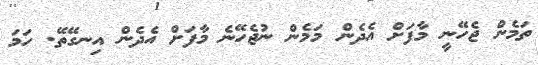
ތަމެން ޖެހޭނީ މާފަށް އެދެން މަމެން ނުޖެހޭނެ މާފަށް އެދެން އިނގޭތޭ. ހަމަ